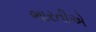
ભારતીએ